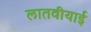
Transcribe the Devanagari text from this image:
लातवीयाई